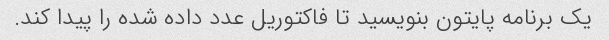
یک برنامه پایتون بنویسید تا فاکتوریل عدد داده شده را پیدا کند.